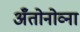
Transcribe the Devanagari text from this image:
अँतोनोव्ना